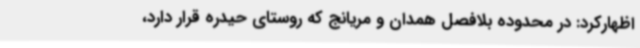
اظهارکرد: در محدوده بلافصل همدان و مریانج که روستای حیدره قرار دارد،